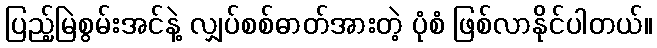
ပြည့်မြဲစွမ်းအင်နဲ့ လျှပ်စစ်ဓာတ်အားတဲ့ ပုံစံ ဖြစ်လာနိုင်ပါတယ်။